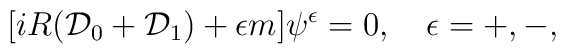
[iR({\cal D}_0+{\cal D}_1)+\epsilon m]\psi^\epsilon=0,\quad\epsilon=+,-,